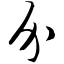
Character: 介